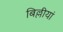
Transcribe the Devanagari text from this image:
बिल्लीयां